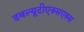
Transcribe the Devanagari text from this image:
डबल्यूटीएक्सएक्स